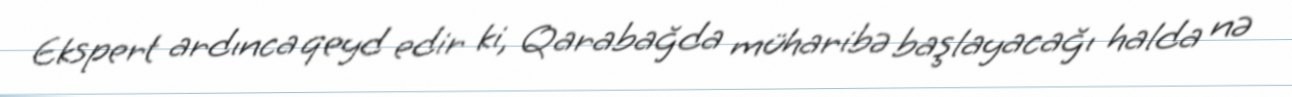
Ekspert ardınca qeyd edir ki, Qarabağda müharibə başlayacağı halda nə